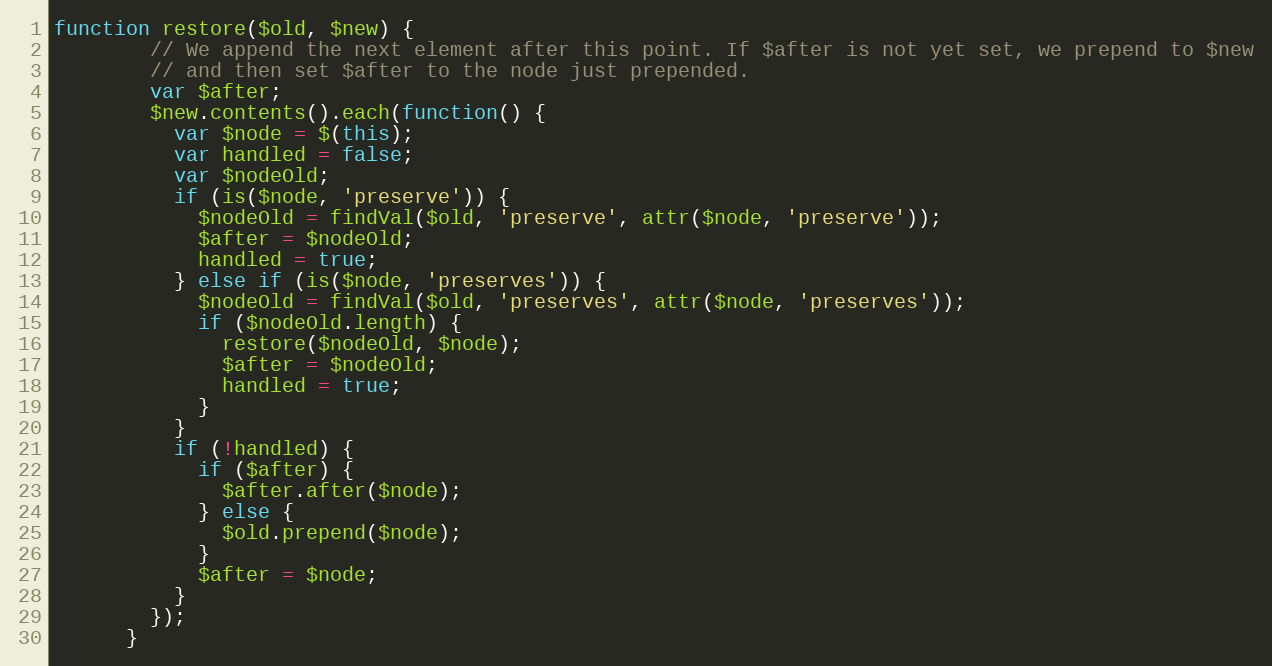
Language: JavaScript
function restore($old, $new) {
        // We append the next element after this point. If $after is not yet set, we prepend to $new
        // and then set $after to the node just prepended.
        var $after;
        $new.contents().each(function() {
          var $node = $(this);
          var handled = false;
          var $nodeOld;
          if (is($node, 'preserve')) {
            $nodeOld = findVal($old, 'preserve', attr($node, 'preserve'));
            $after = $nodeOld;
            handled = true;
          } else if (is($node, 'preserves')) {
            $nodeOld = findVal($old, 'preserves', attr($node, 'preserves'));
            if ($nodeOld.length) {
              restore($nodeOld, $node);
              $after = $nodeOld;
              handled = true;
            }
          }
          if (!handled) {
            if ($after) {
              $after.after($node);
            } else {
              $old.prepend($node);
            }
            $after = $node;
          }
        });
      }